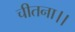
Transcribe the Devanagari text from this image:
चीतना।।